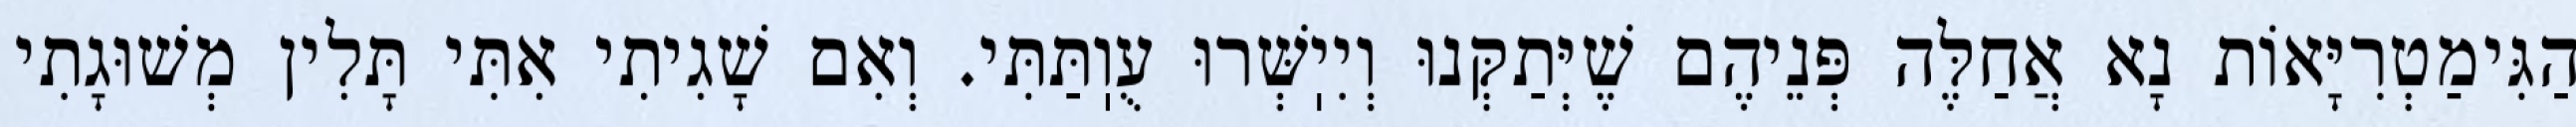
הַגִּימַטְרִיָּאוֹת נָא אֲחַלֶּה פְּנֵיהֶם שֶׁיְּתַקְּנוּ וְיִיֽשְּׁרוּ עֻוֽתַּתִּי. וְאִם שָׁגִיתִי אִתִּי תָּלִין מְשׁוּגָתִי